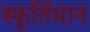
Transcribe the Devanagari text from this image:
स्फूर्तिमान